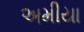
અમીયા